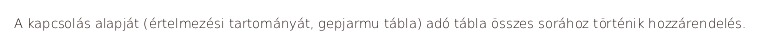
A kapcsolás alapját (értelmezési tartományát, gepjarmu tábla) adó tábla összes sorához történik hozzárendelés.